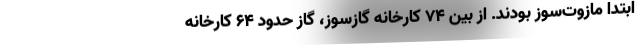
ابتدا مازوت‌سوز بودند. از بین ۷۴ کارخانه گازسوز، گاز حدود ۶۴ کارخانه